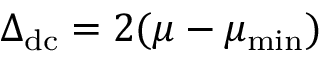
\begin{array} { r } { \Delta _ { \mathrm { d c } } = 2 ( \mu - \mu _ { \mathrm { m i n } } ) } \end{array}